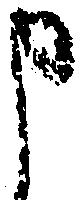
申